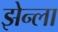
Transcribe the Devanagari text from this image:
झेन्ला